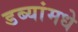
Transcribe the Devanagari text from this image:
डब्यांमधे